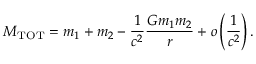
M _ { \mathrm { T O T } } = m _ { 1 } + m _ { 2 } - \frac { 1 } { c ^ { 2 } } \frac { G m _ { 1 } m _ { 2 } } { r } + o \left( \frac { 1 } { c ^ { 2 } } \right) .